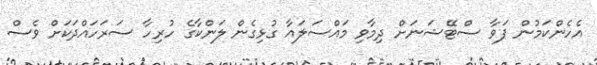
އެހެންކަމުން ޕަވާ ސްޓޭޝަނަށް ދިމާވި މައްސަލައާ ގުޅިގެން ލަންކާގެ ހުރިހާ ސަރަހައްދަކަށް ވެސް